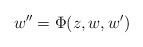
LaTeX: \begin{align*}w''= \Phi(z,w,w')\end{align*}